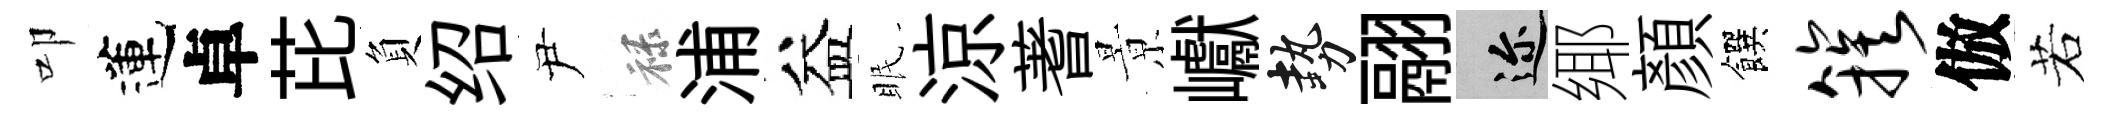
叩蓮卓芘負绍尹禄浦益眠涼蓍㬌巘勢翮邇鄊顔饌簇倣若